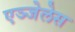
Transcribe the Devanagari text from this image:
एञ्जेलेस